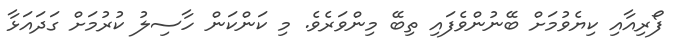
ފޯރިއާއި ކިޔެވުމަށް ބޭނުންވެފައި ތިބޭ މިންވަރެވެ. މި ކަންކަން ހާސިލު ކުރުމަށް ގަދައަޅާ